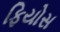
ફિયોસ